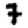
Digit: 7